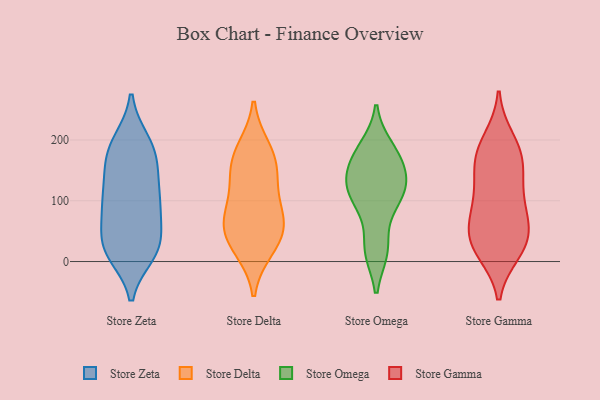
{"axis": {"x": "Revenue (USD Million)", "y": "Value"}, "legend": ["Store Delta", "Store Gamma", "Store Omega", "Store Zeta"], "data": [{"x": "", "y": 13, "type": "Store Zeta"}, {"x": "", "y": 198, "type": "Store Zeta"}, {"x": "", "y": 105, "type": "Store Zeta"}, {"x": "", "y": 29, "type": "Store Zeta"}, {"x": "", "y": 174, "type": "Store Zeta"}, {"x": "", "y": 145, "type": "Store Zeta"}, {"x": "", "y": 158, "type": "Store Zeta"}, {"x": "", "y": 88, "type": "Store Zeta"}, {"x": "", "y": 195, "type": "Store Zeta"}, {"x": "", "y": 23, "type": "Store Zeta"}, {"x": "", "y": 193, "type": "Store Zeta"}, {"x": "", "y": 51, "type": "Store Zeta"}, {"x": "", "y": 17, "type": "Store Zeta"}, {"x": "", "y": 25, "type": "Store Zeta"}, {"x": "", "y": 103, "type": "Store Zeta"}, {"x": "", "y": 91, "type": "Store Zeta"}, {"x": "", "y": 158, "type": "Store Zeta"}, {"x": "", "y": 73, "type": "Store Zeta"}, {"x": "", "y": 112, "type": "Store Zeta"}, {"x": "", "y": 16, "type": "Store Zeta"}, {"x": "", "y": 184, "type": "Store Delta"}, {"x": "", "y": 57, "type": "Store Delta"}, {"x": "", "y": 150, "type": "Store Delta"}, {"x": "", "y": 22, "type": "Store Delta"}, {"x": "", "y": 58, "type": "Store Delta"}, {"x": "", "y": 73, "type": "Store Delta"}, {"x": "", "y": 136, "type": "Store Delta"}, {"x": "", "y": 31, "type": "Store Delta"}, {"x": "", "y": 93, "type": "Store Delta"}, {"x": "", "y": 173, "type": "Store Delta"}, {"x": "", "y": 123, "type": "Store Omega"}, {"x": "", "y": 166, "type": "Store Omega"}, {"x": "", "y": 187, "type": "Store Omega"}, {"x": "", "y": 19, "type": "Store Omega"}, {"x": "", "y": 102, "type": "Store Omega"}, {"x": "", "y": 129, "type": "Store Omega"}, {"x": "", "y": 135, "type": "Store Omega"}, {"x": "", "y": 173, "type": "Store Omega"}, {"x": "", "y": 95, "type": "Store Omega"}, {"x": "", "y": 19, "type": "Store Omega"}, {"x": "", "y": 117, "type": "Store Gamma"}, {"x": "", "y": 38, "type": "Store Gamma"}, {"x": "", "y": 43, "type": "Store Gamma"}, {"x": "", "y": 199, "type": "Store Gamma"}, {"x": "", "y": 23, "type": "Store Gamma"}, {"x": "", "y": 169, "type": "Store Gamma"}, {"x": "", "y": 75, "type": "Store Gamma"}, {"x": "", "y": 145, "type": "Store Gamma"}, {"x": "", "y": 99, "type": "Store Gamma"}, {"x": "", "y": 75, "type": "Store Gamma"}, {"x": "", "y": 18, "type": "Store Gamma"}, {"x": "", "y": 182, "type": "Store Gamma"}, {"x": "", "y": 31, "type": "Store Gamma"}, {"x": "", "y": 169, "type": "Store Gamma"}]}